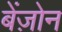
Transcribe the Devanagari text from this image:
बेंज़ोन